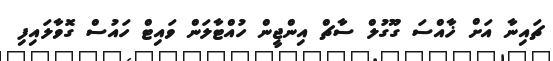
ޗައިނާ އަށް ޚާއްސަ ގޫގުލް ސާޗް އިންޖީން ހުއްޓާލަން ވައިޓް ހައުސް ގޮވާލައިފި